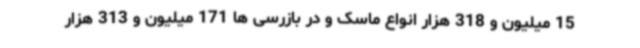
15 میلیون و 318 هزار انواع ماسک و در بازرسی ها 171 میلیون و 313 هزار